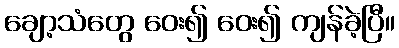
ချော့သံတွေ ဝေး၍ ဝေး၍ ကျန်ခဲ့ပြီ။